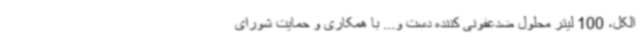
الکل، 100 لیتر محلول ضدعفونی کننده دست و... با همکاری و حمایت شورای